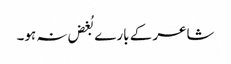
شاعر کے بارے بُغض نہ ہو۔